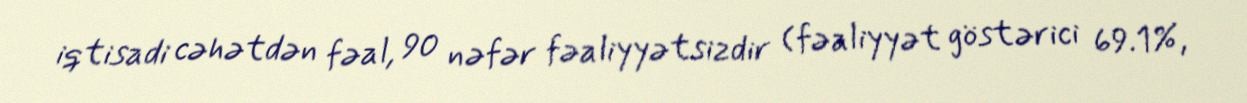
iqtisadi cəhətdən fəal, 90 nəfər fəaliyyətsizdir (fəaliyyət göstərici 69.1%,